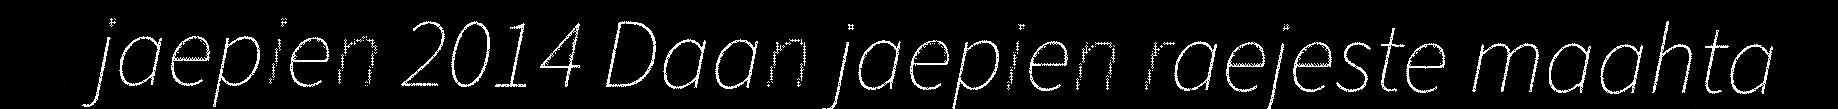
jaepien 2014 Daan jaepien raejeste maahta